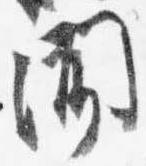
聞